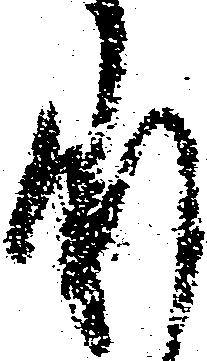
承